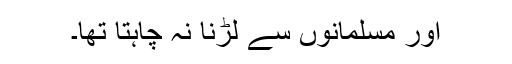
اور مسلمانوں سے لڑنا نہ چاہتا تھا۔